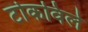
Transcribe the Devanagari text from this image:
टोकविले